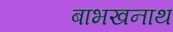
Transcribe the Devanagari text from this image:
बाभखनाथ